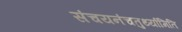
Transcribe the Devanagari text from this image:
संचयनंचतुर्थ्यामिति